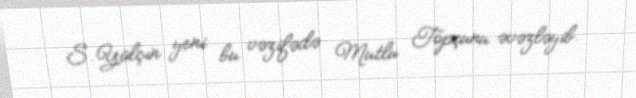
S.Yalçın yeni bu vəzifədə Mutlu Topçunu əvəzləyib.